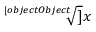
\sqrt [ [object Object] ] { x }